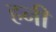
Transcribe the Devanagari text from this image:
हनीं